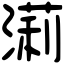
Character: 𣼵